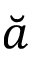
\breve { a }